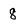
Character: 8